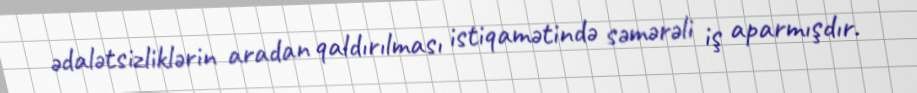
ədalətsizliklərin aradan qaldırılması istiqamətində səmərəli iş aparmışdır.